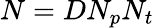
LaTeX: N=DN_{p}N_{t}